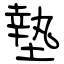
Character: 墊